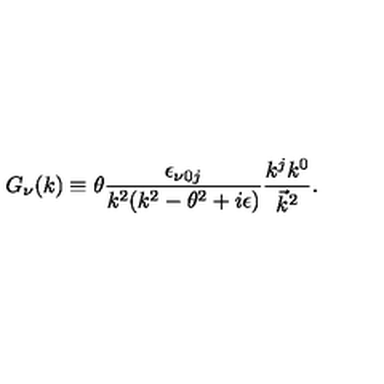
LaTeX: G _ { \nu } ( k ) \equiv \theta \frac { \epsilon _ { \nu 0 j } } { k ^ { 2 } ( k ^ { 2 } - \theta ^ { 2 } + i \epsilon ) } \frac { k ^ { j } k ^ { 0 } } { { \vec { k } } ^ { 2 } } .